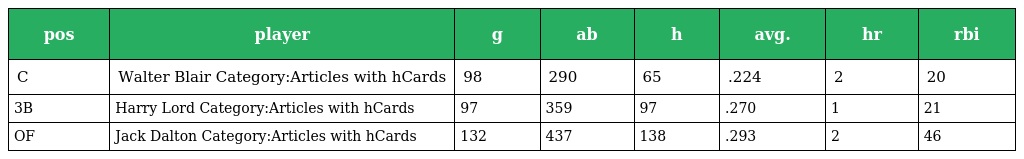
| pos | player | g | ab | h | avg. | hr | rbi |
 | --- | --- | --- | --- | --- | --- | --- | --- |
 | C | Walter Blair Category:Articles with hCards | 98 | 290 | 65 | .224 | 2 | 20 |
 | 3B | Harry Lord Category:Articles with hCards | 97 | 359 | 97 | .270 | 1 | 21 |
 | OF | Jack Dalton Category:Articles with hCards | 132 | 437 | 138 | .293 | 2 | 46 |